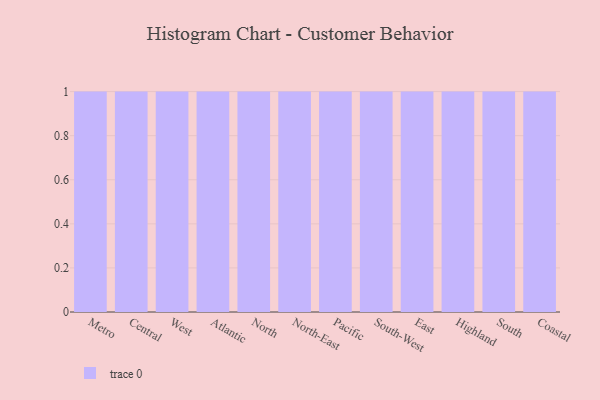
{"axis": {"x": "Region", "y": "Demand Index"}, "legend": [""], "data": [{"x": "Metro", "y": 16, "type": ""}, {"x": "Central", "y": 24, "type": ""}, {"x": "West", "y": 47, "type": ""}, {"x": "Atlantic", "y": 10, "type": ""}, {"x": "North", "y": 13, "type": ""}, {"x": "North-East", "y": 40, "type": ""}, {"x": "Pacific", "y": 43, "type": ""}, {"x": "South-West", "y": 68, "type": ""}, {"x": "East", "y": 43, "type": ""}, {"x": "Highland", "y": 69, "type": ""}, {"x": "South", "y": 59, "type": ""}, {"x": "Coastal", "y": 88, "type": ""}]}